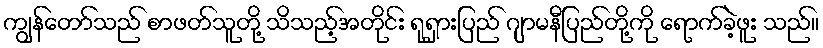
ကျွန်တော်သည် စာဖတ်သူတို့ သိသည့်အတိုင်း ရုရှားပြည် ဂျာမနီပြည်တို့ကို ရောက်ခဲ့ဖူး သည်။